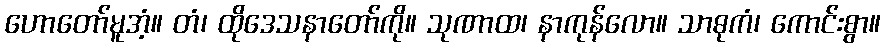
ဟောတော်မူအံ့။ တံ၊ ထိုဒေသနာတော်ကို။ သုဏာထ၊ နာကုန်လော။ သာဓုကံ၊ ကောင်းစွာ။